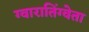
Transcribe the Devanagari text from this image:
ग्वारातिंग्वेता